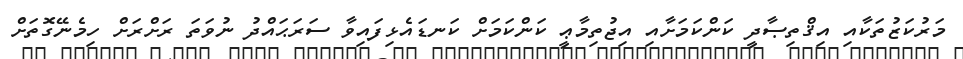
މަރުކަޒުތަކާއި އިޤްތިޞާދީ ކަންކަމަށާއި އިޖުތިމާޢީ ކަންކަމަށް ކަނޑައެޅިފައިވާ ސަރަޙައްދު ނުވަތަ ރަށްރަށް ހިމެނޭގޮތަށް